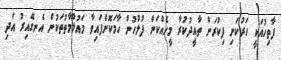
ފާތިހުއަކީ ހަރުކަށި ފިކުރަށް ތާއީދުކުރާ މީހެއްކަން ފުލުހުން ހާމަކޮށްފައިވާ މައުލޫމާތުތަކުން އެނގޭއިރު އަދި